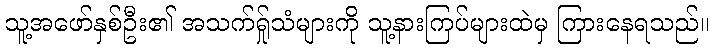
သူ့အဖော်နှစ်ဦး၏ အသက်ရ်ှုသံများကို သူ့နားကြပ်များထဲမှ ကြားနေရသည်။